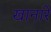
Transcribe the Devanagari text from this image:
खानारे